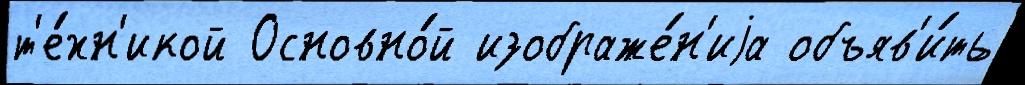
т'е́хн'икой Основно́й изображе́н'иjа объяв'и́ть